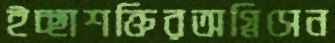
ইচ্ছাশক্তিরঅগ্নিসেন